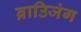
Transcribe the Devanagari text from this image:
ब्राउिजंग